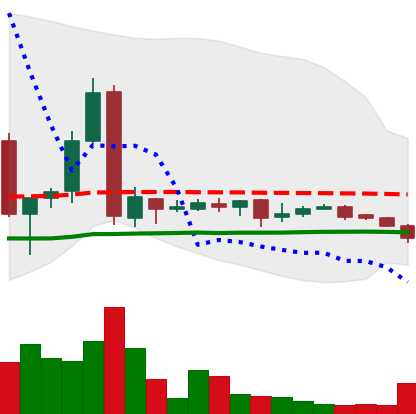
Ticker: LTC-USD
Chart end date: 2017-01-25
Forward return: 8.257%
Label: up_7plus